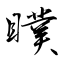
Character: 瞨